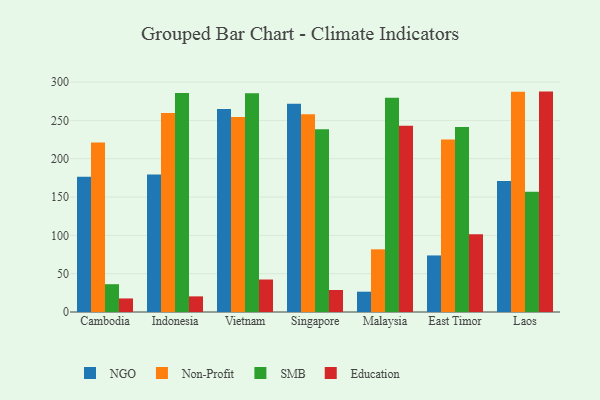
{"axis": {"x": "Country", "y": "Energy Usage (MWh)"}, "legend": ["Education", "NGO", "Non-Profit", "SMB"], "data": [{"x": "Cambodia", "y": 176.4, "type": "NGO"}, {"x": "Cambodia", "y": 221.3, "type": "Non-Profit"}, {"x": "Cambodia", "y": 36.3, "type": "SMB"}, {"x": "Cambodia", "y": 17.7, "type": "Education"}, {"x": "Indonesia", "y": 179.5, "type": "NGO"}, {"x": "Indonesia", "y": 259.7, "type": "Non-Profit"}, {"x": "Indonesia", "y": 285.7, "type": "SMB"}, {"x": "Indonesia", "y": 20.4, "type": "Education"}, {"x": "Vietnam", "y": 265.0, "type": "NGO"}, {"x": "Vietnam", "y": 254.5, "type": "Non-Profit"}, {"x": "Vietnam", "y": 285.6, "type": "SMB"}, {"x": "Vietnam", "y": 42.4, "type": "Education"}, {"x": "Singapore", "y": 271.9, "type": "NGO"}, {"x": "Singapore", "y": 258.1, "type": "Non-Profit"}, {"x": "Singapore", "y": 238.4, "type": "SMB"}, {"x": "Singapore", "y": 28.7, "type": "Education"}, {"x": "Malaysia", "y": 26.5, "type": "NGO"}, {"x": "Malaysia", "y": 81.8, "type": "Non-Profit"}, {"x": "Malaysia", "y": 279.6, "type": "SMB"}, {"x": "Malaysia", "y": 242.9, "type": "Education"}, {"x": "East Timor", "y": 73.8, "type": "NGO"}, {"x": "East Timor", "y": 225.1, "type": "Non-Profit"}, {"x": "East Timor", "y": 241.5, "type": "SMB"}, {"x": "East Timor", "y": 101.4, "type": "Education"}, {"x": "Laos", "y": 171.0, "type": "NGO"}, {"x": "Laos", "y": 287.3, "type": "Non-Profit"}, {"x": "Laos", "y": 156.8, "type": "SMB"}, {"x": "Laos", "y": 287.6, "type": "Education"}]}